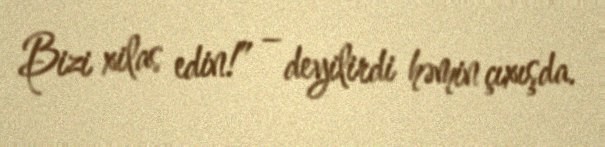
Bizi xilas edin!” – deyilirdi həmin çıxışda.